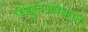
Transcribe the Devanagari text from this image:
विद्युतअपघटन